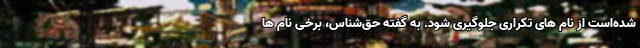
شده‌است از نام های تکراری جلوگیری شود. به گفته حق‌شناس، برخی نام ها